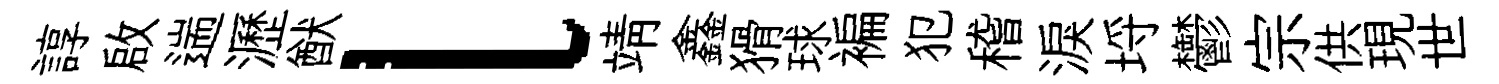
諄啟遄瀝猷l靖鑫猾球褊犯稽淚埓鬱宗供現世